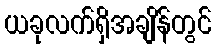
ယခုလက်ရှိအချိန်တွင်